Indian journal of veterinary science and animal husbandry - Volumes 18-21, 1948-1951
Year: 1948
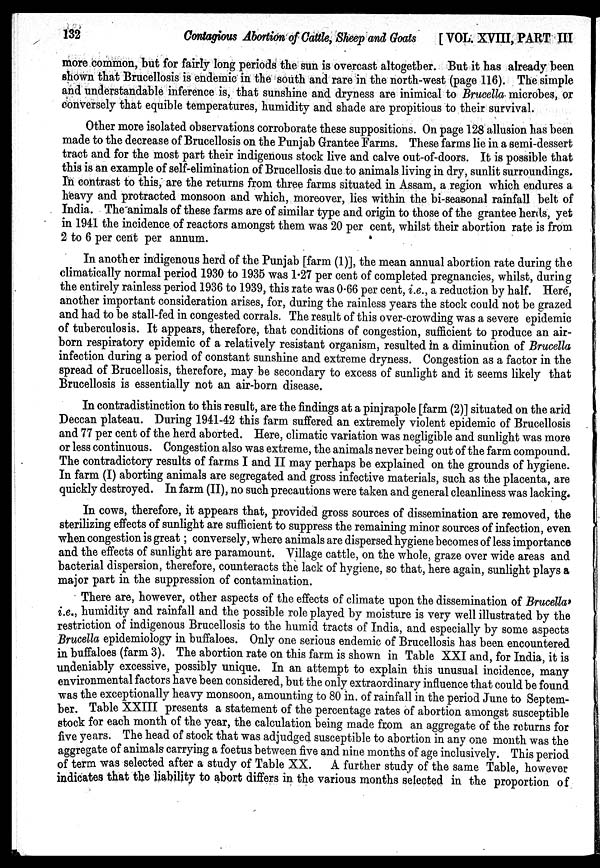
132
Contagious Abortion of Cattle, Sheep and Goats [VOL. XVIII, PART III
more common, but for fairly long periods the sun is overcast altogether. But it has already been
shown that Brucellosis is endemic in the south and rare in the north-west (page 116). The simple
and understandable inference is, that sunshine and dryness are inimical to Brucella microbes, or
conversely that equible temperatures, humidity and shade are propitious to their survival.
Other more isolated observations corroborate these suppositions. On page 128 allusion has been
made to the decrease of Brucellosis on the Punjab Grantee Farms. These farms lie in a semi-dessert
tract and for the most part their indigenous stock live and calve out-of-doors. It is possible that
this is an example of self-elimination of Brucellosis due to animals living in dry, sunlit surroundings.
In contrast to this, are the returns from three farms situated in Assam, a region which endures a
heavy and protracted monsoon and which, moreover, lies within the bi-seasonal rainfall belt of
India. The animals of these farms are of similar type and origin to those of the grantee herds, yet
in 1941 the incidence of reactors amongst them was 20 per cent, whilst their abortion rate is from
2 to 6 per cent per annum.
In another indigenous herd of the Punjab [farm (1)], the mean annual abortion rate during the
climatically normal period 1930 to 1935 was 1.27 per cent of completed pregnancies, whilst, during
the entirely rainless period 1936 to 1939, this rate was 0.66 per cent, i.e., a reduction by half. Here,
another important consideration arises, for, during the rainless years the stock could not be grazed
and had to be stall-fed in congested corrals. The result of this over-crowding was a severe epidemic
of tuberculosis. It appears, therefore, that conditions of congestion, sufficient to produce an air-
born respiratory epidemic of a relatively resistant organism, resulted in a diminution of Brucella
infection during a period of constant sunshine and extreme dryness. Congestion as a factor in the
spread of Brucellosis, therefore, may be secondary to excess of sunlight and it seems likely that
Brucellosis is essentially not an air-born disease.
In contradistinction to this result, are the findings at a pinjrapole [farm (2)] situated on the arid
Deccan plateau. During 1941-42 this farm suffered an extremely violent epidemic of Brucellosis
and 77 per cent of the herd aborted. Here, climatic variation was negligible and sunlight was more
or less continuous. Congestion also was extreme, the animals never being out of the farm compound.
The contradictory results of farms I and II may perhaps be explained on the grounds of hygiene.
In farm (I) aborting animals are segregated and gross infective materials, such as the placenta, are
quickly destroyed. In farm (II), no such precautions were taken and general cleanliness was lacking.
In cows, therefore, it appears that, provided gross sources of dissemination are removed, the
sterilizing effects of sunlight are sufficient to suppress the remaining minor sources of infection, even
when congestion is great; conversely, where animals are dispersed hygiene becomes of less importance
and the effects of sunlight are paramount. Village cattle, on the whole, graze over wide areas and
bacterial dispersion, therefore, counteracts the lack of hygiene, so that, here again, sunlight plays a
major part in the suppression of contamination.
There are, however, other aspects of the effects of climate upon the dissemination of Brucella'
i.e., humidity and rainfall and the possible role played by moisture is very well illustrated by the
restriction of indigenous Brucellosis to the humid tracts of India, and especially by some aspects
Brucella epidemiology in buffaloes. Only one serious endemic of Brucellosis has been encountered
in buffaloes (farm 3). The abortion rate on this farm is shown in Table XXI and, for India, it is
undeniably excessive, possibly unique. In an attempt to explain this unusual incidence, many
environmental factors have been considered, but the only extraordinary influence that could be found
was the exceptionally heavy monsoon, amounting to 80 in. of rainfall in the period June to Septem-
ber. Table XXIII presents a statement of the percentage rates of abortion amongst susceptible
stock for each month of the year, the calculation being made from an aggregate of the returns for
five years. The head of stock that was adjudged susceptible to abortion in any one month was the
aggregate of animals carrying a foetus between five and nine months of age inclusively. This period
of term was selected after a study of Table XX.
A further study of the same Table, however
indicates that the liability to abort differs in the various months selected in the proportion of